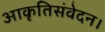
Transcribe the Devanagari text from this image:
आकृतिसंवेदन।